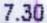
7.30